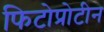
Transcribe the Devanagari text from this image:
फिटोप्रोटीन